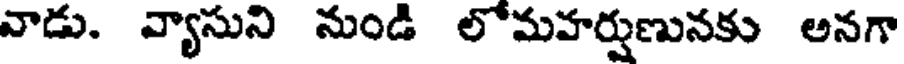
వాడు. వ్యాసుని నుండి లోమహర్షుణునకు అనగా